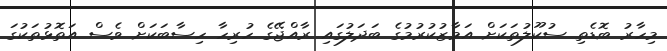
މިހާރު ބޮޑެތި ސުކޫލުތަކަށް އަމާޒުކުރުމުގެ ބަދަލުގައި ރާއްޖޭގެ ހުރިހާ ހިސާބަކަށް ވެސް އަތޮޅުތަކުގަ